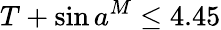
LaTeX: T+\sin a^{M}\leq 4.45